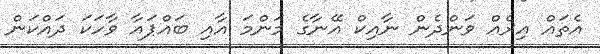
އެތައް އިރެއް ވަންދެން ނާއިކް އޭނާގެ މަންމަ އާއި ބައްޕައާ ވާހަކަ ދައްކަން